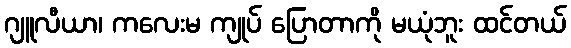
ဂျူလီယာ၊ ကလေးမ ကျုပ် ပြောတာကို မယုံဘူး ထင်တယ်